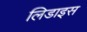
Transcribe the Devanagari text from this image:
लिडाइस